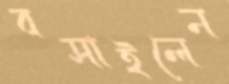
বসাইলেন